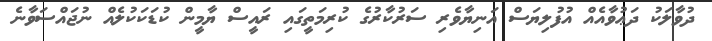
ދުވާލަކު ދަޢުވާއެއް އުފުލިޔަސް އަނިޔާވެރި ސަރުކާރުގެ ކުރިމަތީގައި ރައީސް ޔާމީން ކުޑަކަކުލެއް ނުޖައްސަވާނެ